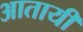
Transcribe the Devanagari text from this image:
आतायी